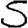
Digit: 5